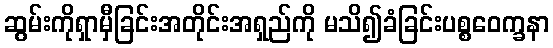
ဆွမ်းကိုရှာမှီခြင်းအတိုင်းအရှည်ကို မသိ၍ခံခြင်းပစ္စဝေက္ခနာ